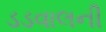
ડડવાલની